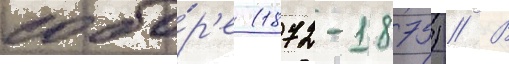
собо́р'е (1872-1875) // В